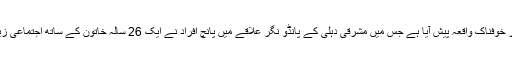
دارالحکومت دہلی میں خواتین کے ساتھ زیادتی کا ایک اور خوفناک واقعہ پیش آیا ہے جس میں مشرقی دہلی کے پانڈو نگر علاقے میں پانچ افراد نے ایک 26 سالہ خاتون کے ساتھ اجتماعی زیادتی کی اور اسے برہنہ کرکے ایک فلیٹ میں بند کر دیا۔